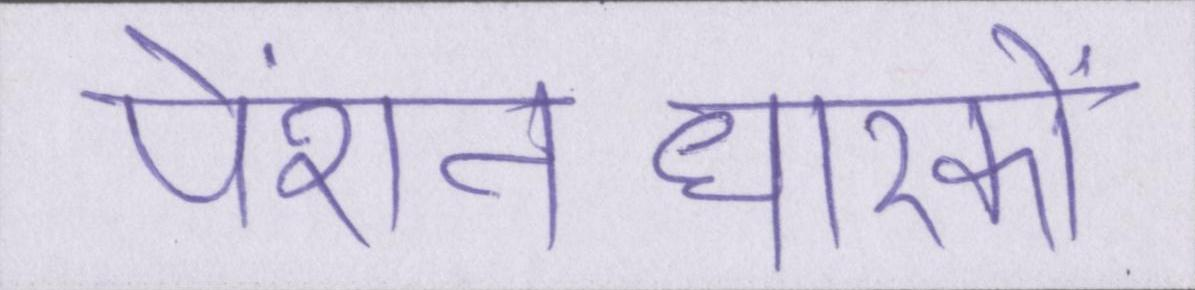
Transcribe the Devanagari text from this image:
पेंशनधारकों